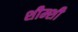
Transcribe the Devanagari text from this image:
शीम्शी